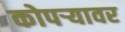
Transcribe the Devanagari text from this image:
कोपऱ्यावर